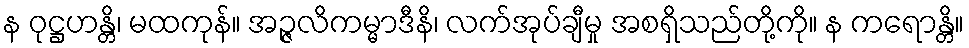
န ဝုဋ္ဌဟန္တိ၊ မထကုန်။ အဉ္ဇလိကမ္မာဒီနိ၊ လက်အုပ်ချီမှု အစရှိသည်တို့ကို။ န ကရောန္တိ။